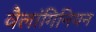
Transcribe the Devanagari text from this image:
वैलांगिनियन